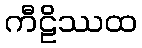
ကီဠိဿထ